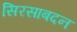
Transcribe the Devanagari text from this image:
सिरसाबदन